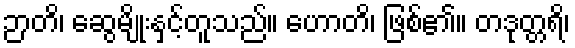
ဉာတိ၊ ဆွေမျိုးနှင့်တူသည်။ ဟောတိ၊ ဖြစ်၏။ တဒုတ္တရိ၊